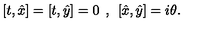
[ t , \hat { x } ] = [ t , \hat { y } ] = 0 \: \: , \: \: [ \hat { x } , \hat { y } ] = i \theta .